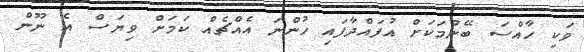
ވަކި ހާއްސަ ބޭނުމަކަށް އުފައްދާފައި ހުންނަ އެއްޗެއް ކަމަށް ވިޔަސް އެ ނޫން